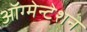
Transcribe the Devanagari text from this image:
ऑग्मेन्टेशन